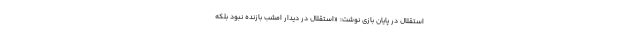
استقلال در پایان بازی نوشت: «استقلال در دیدار امشب بازنده نبود بلکه